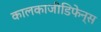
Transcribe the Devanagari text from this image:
कालकाजीडिफेन्स